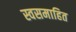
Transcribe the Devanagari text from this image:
स्वसमाहित